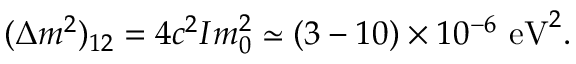
( \Delta m ^ { 2 } ) _ { 1 2 } = 4 c ^ { 2 } I m _ { 0 } ^ { 2 } \simeq ( 3 - 1 0 ) \times 1 0 ^ { - 6 } ~ \mathrm { e V } ^ { 2 } .